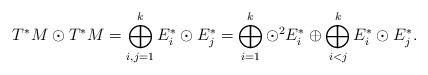
LaTeX: \begin{align*}T^*M\odot T^*M=\bigoplus_{i,j=1}^k E_i^*\odot E_j^*=\bigoplus_{i=1}^k \odot^2 E_i^*\oplus\bigoplus_{i<j}^k E_i^*\odot E_j^*.\end{align*}